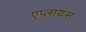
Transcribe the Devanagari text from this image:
एप्लायंस